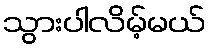
သွားပါလိမ့်မယ်